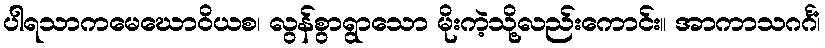
ပါရသာကမေဃောဝိယစ၊ လွန်စွာရွာသော မိုးကဲ့သို့လည်းကောင်း။ အာကာသဂင်္ဂံ၊